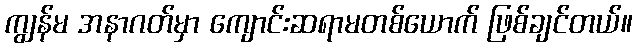
ကျွန်မ အနာဂတ်မှာ ကျောင်းဆရာမတစ်ယောက် ဖြစ်ချင်တယ်။